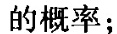
的概率；